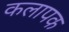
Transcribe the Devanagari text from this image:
कलापक